Document type: Sale
Year: 1209
Scribe: Arnau de Torre
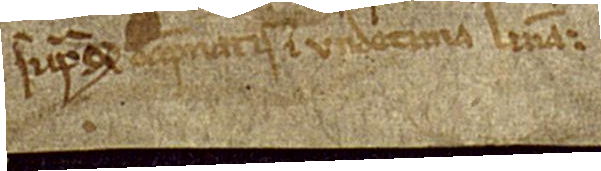
supra, et dampnatis in undecima linea.